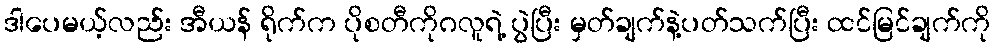
ဒါပေမယ့်လည်း အီယန် ရိုက်က ပိုစတီကိုဂလူရဲ့ ပွဲပြီး မှတ်ချက်နဲ့ပတ်သက်ပြီး ထင်မြင်ချက်ကို